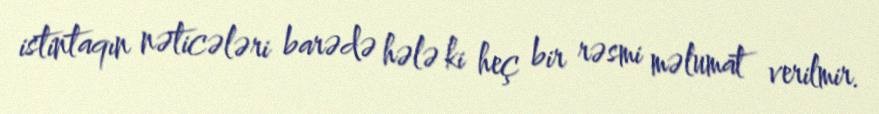
istintaqın nəticələri barədə hələ ki heç bir rəsmi məlumat verilmir.